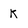
Character: K